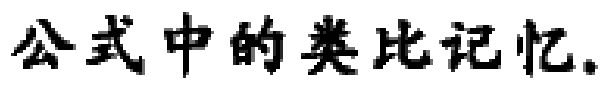
公式中的类比记忆。